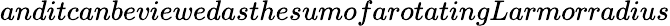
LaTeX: anditcanbeviewedasthesumofa\textit{rotatingLarmorradius}